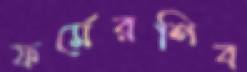
ফর্মেরশিব